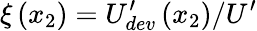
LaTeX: \xi\left(x_{2}\right)=U_{dev}^{\prime}\left(x_{2}\right)/U^{\prime}